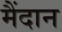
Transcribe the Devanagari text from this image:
मैंदान